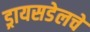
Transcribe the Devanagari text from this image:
ड्रायसडेलचे